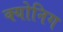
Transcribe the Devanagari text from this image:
क्योनिग